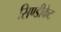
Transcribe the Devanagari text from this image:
सिण्डीकेट